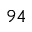
^ { 9 4 }